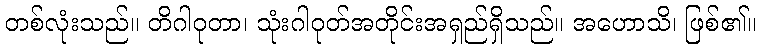
တစ်လုံးသည်။ တိဂါဝုတာ၊ သုံးဂါဝုတ်အတိုင်းအရှည်ရှိသည်။ အဟောသိ၊ ဖြစ်၏။